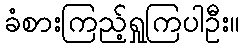
ခံစားကြည့်ရှုကြပါဦး။